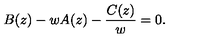
B ( z ) - w A ( z ) - \frac { C ( z ) } { w } = 0 .